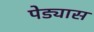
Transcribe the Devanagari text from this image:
पेड्यास